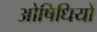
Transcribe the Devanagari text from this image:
ओषिधियों